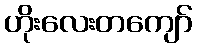
ဟိုးလေးတကျော်